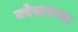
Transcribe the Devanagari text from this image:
क्वेसारच्या